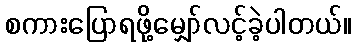
စကားပြောရဖို့မျှော်လင့်ခဲ့ပါတယ်။